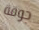
جوقة